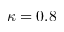
\kappa = 0 . 8